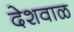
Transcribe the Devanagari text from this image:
देशवाळ